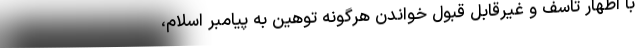
با اظهار تاسف و غیرقابل قبول خواندن هرگونه توهین به پیامبر اسلام،